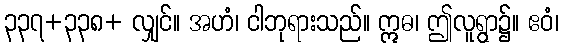
၃၃၇+၃၃၈+ လျှင်။ အဟံ၊ ငါဘုရားသည်။ ဣဓ၊ ဤလူရွာ၌။ ဧဝံ၊